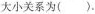
大小关系为().